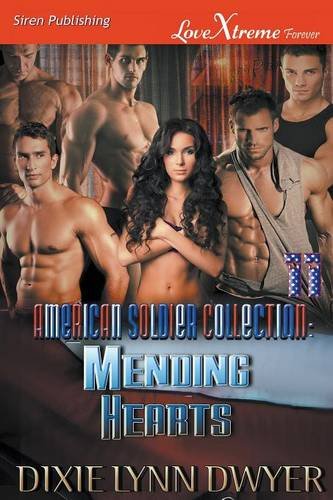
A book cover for The American Soldier Collection 11: Mending Hearts (Siren Publishing LoveXtreme Forever); Dixie Lynn Dwyer; Romance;